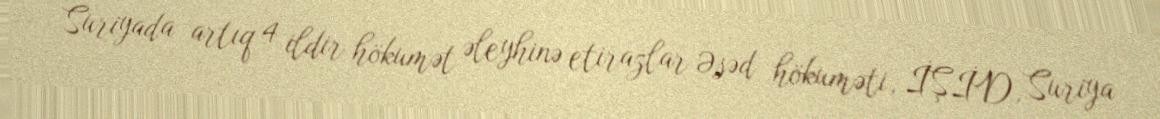
Suriyada artıq 4 ildir hökumət əleyhinə etirazlar Əsəd hökuməti, İŞİD, Suriya